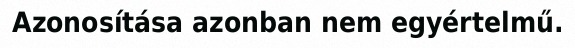
Azonosítása azonban nem egyértelmű.